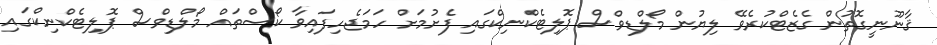
ޤާނޫނީގޮތުން ގެޒެޓްކުރެވޭ ލިޔުން މޯލްޑިވްސް ޕޮލިޓެކްނިކްގައި ފެށުމަށް ހަމަޖެހިފައިވާ ކޯސްތައް މޯލްޑިވްސް ޕޮލިޓެކްނިކްގައި